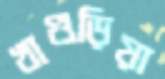
খাগুড়িয়া